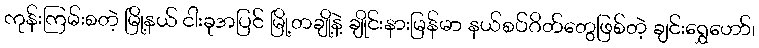
ကုန်းကြမ်းစတဲ့ မြို့နယ် ငါးခုအပြင် မြို့တချို့နဲ့ ချိုင်းနားမြန်မာ နယ်စပ်ဂိတ်တွေဖြစ်တဲ့ ချင်းရွှေဟော်၊